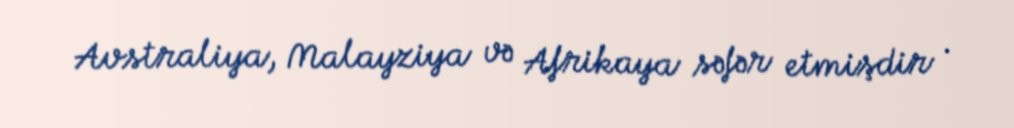
Avstraliya, Malayziya və Afrikaya səfər etmişdir .